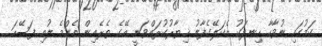
ކަމުގައި ނުވާހާ ހިނދަކު އެކަލޭގެފާނު ޚިޔާރުކުރައްވަނީ އޭގެ ތެރެއިން އެންމެ ލުއި ފަސޭހަ